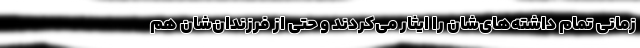
زمانی تمام داشته‌های‌شان را ایثار می‌کردند و حتی از فرزندان‌شان هم